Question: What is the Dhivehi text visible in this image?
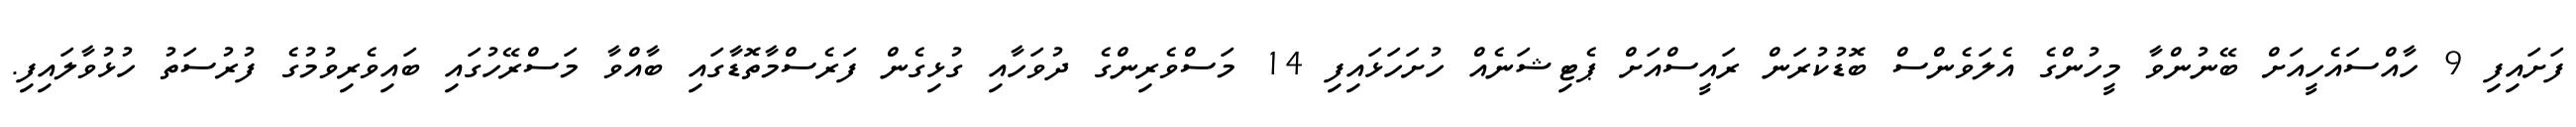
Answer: ފަށައިފި 9 ހާއްސައެހީއަށް ބޭނުންވާ މީހުންގެ އެލަވެންސް ބޮޑުކުރަން ރައީސްއަށް ޕެޓިޝަނެއް ހުށަހަޅައިފި 14 މަސްވެރިންގެ ދުވަހާއި ގުޅިގެން ފަރެސްމާތޮޑާގައި ބާއްވާ މަސްރޭހުގައި ބައިވެރިވުމުގެ ފުރުސަތު ހުޅުވާލައިފި.